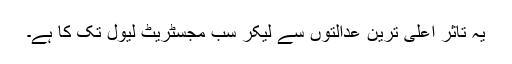
یہ تاثر اعلی ٰترین عدالتوں سے لیکر سب مجسٹریٹ لیول تک کا ہے۔